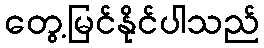
တွေ့မြင်နိုင်ပါသည်